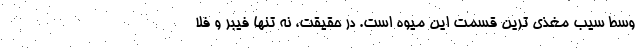
وسط سیب مغذی ترین قسمت این میوه است. در حقیقت، نه تنها فیبر و فلا